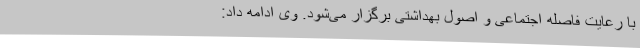
با رعایت فاصله اجتماعی و اصول بهداشتی برگزار می‌شود. وی ادامه داد: